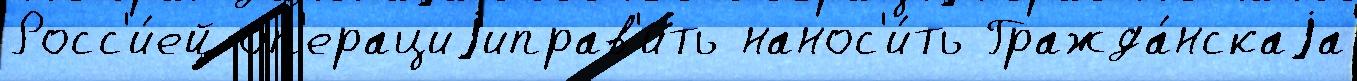
Росс'и́ей оп'ерациjиправ'ить нанос'и́ть Гражда́нскаjа